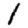
Digit: 1